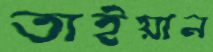
তাইয়ান